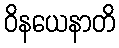
ဝိနယေနာတိ